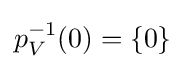
p_{V}^{-1}(0)=\{0\}